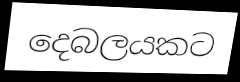
දෙබලයකට